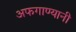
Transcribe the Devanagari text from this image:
अफगाण्यानी